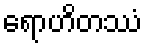
ရောဟိတဿံ